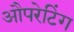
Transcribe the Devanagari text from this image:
औपरेटिंग